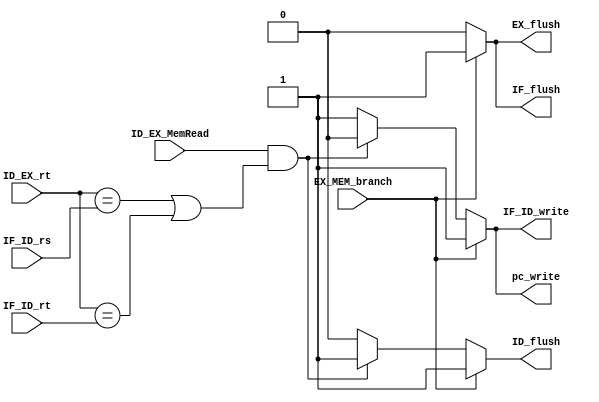
//----------------------------------------------
//Date:        
//----------------------------------------------
//Description: 
//--------------------------------------------------------------------------------
`timescale 1ns/1ps
module hazard_dection_unit(
   ID_EX_rt,
   IF_ID_rs,
   IF_ID_rt,
   ID_EX_MemRead,
   EX_MEM_branch,
   EX_flush,
   ID_flush,
   pc_write,
   IF_ID_write,
   IF_flush
);
input [5-1:0] ID_EX_rt;
input [5-1:0] IF_ID_rs;
input [5-1:0] IF_ID_rt;
input ID_EX_MemRead;
input EX_MEM_branch;
output EX_flush;
output ID_flush;
output pc_write;
output IF_ID_write;
output IF_flush;

reg EX_flush;
reg ID_flush;
reg pc_write;
reg IF_ID_write;
reg IF_flush;

always @(*) begin
    if(EX_MEM_branch) begin
        ID_flush = 1;
        pc_write = 1;
        IF_ID_write = 1;
        IF_flush = 1;
        EX_flush = 1;
    end
    else if (ID_EX_MemRead && ((ID_EX_rt == IF_ID_rs) || (ID_EX_rt == IF_ID_rt))) begin
        ID_flush = 1;
        pc_write = 0;
        IF_ID_write = 0;
        IF_flush = 0;
        EX_flush = 0;
    end
    else begin
        ID_flush = 0;
        pc_write = 1;
        IF_ID_write = 1;
        IF_flush = 0;
        EX_flush = 0;
    end
end


endmodule